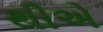
થીએ